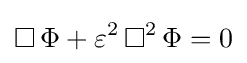
\operatorname {\Box } \Phi +\varepsilon ^{2}\operatorname {\Box } ^{2}\Phi =0